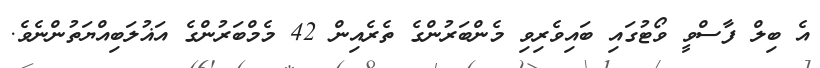
އެ ބިލް ފާސްވީ ވޯޓުގައި ބައިވެރިވި މެންބަރުންގެ ތެރެއިން 42 މެމްބަރުންގެ އަޣުލަބިއްޔަތުންނެވެ.